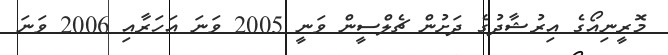
މޮރީނިއޯގެ އިރުޝާދުގެ ދަށުން ޗެލްސީން ވަނީ 2005 ވަަަނަ އަހަރާއި 2006 ވަނަ